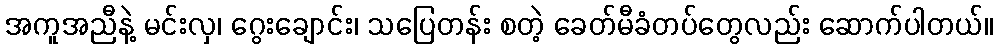
အကူအညီနဲ့ မင်းလှ၊ ဂွေးချောင်း၊ သပြေတန်း စတဲ့ ခေတ်မီခံတပ်တွေလည်း ဆောက်ပါတယ်။